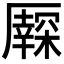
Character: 𠫃